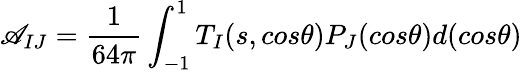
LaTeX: \mathscr{A}_{IJ}=\frac{{1}}{{64\pi}}\int_{-1}^{1}T_{I}(s,cos\theta)P_{J}(cos\theta)d(cos\theta)